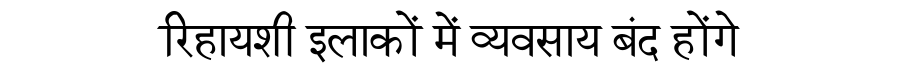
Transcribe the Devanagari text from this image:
रिहायशी इलाकों में व्यवसाय बंद होंगे